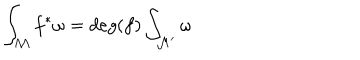
\int _ { \mathcal M } f ^ { * } \omega = d e g ( f ) \int _ { { \mathcal M } ^ { \prime } } \omega